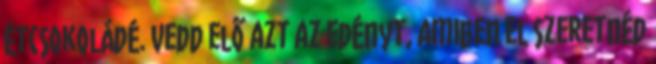
étcsokoládé. Vedd elő azt az edényt, amiben el szeretnéd